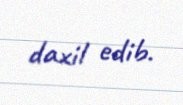
daxil edib.